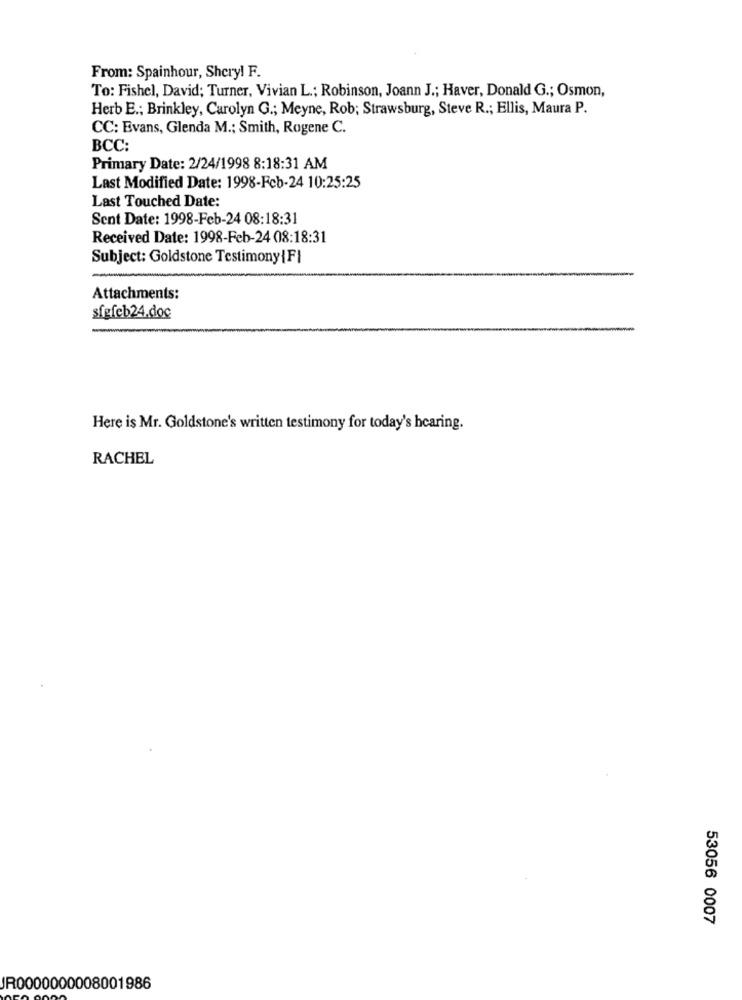
From: Spainhour, Sheryl F.
To: Fishel, David; Turner, Vivian L .; Robinson, Joann J .; Haver, Donald G .; Osmon,
Herb E .; Brinkley, Carolyn G .; Meyne, Rob; Strawsburg, Steve R .; Ellis, Maura P.
CC: Evans, Glenda M .; Smith, Rogene C.
BCC:
Primary Date: 2/24/1998 8:18:31 AM
Last Modified Date: 1998-Feb-24 10:25:25
Last Touched Date:
Sent Date: 1998-Feb-24 08:18:31
Received Date: 1998-Feb-24 08:18:31
Subject: Goldstone Testimony {FI
Attachments:
sfefeb24.doc
Here is Mr. Goldstone's written testimony for today's hearing.
RACHEL
53056 0007
JR0000000008001986